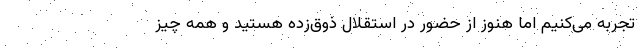
تجربه می‌کنیم اما هنوز از حضور در استقلال ذوق‌زده هستید و همه چیز